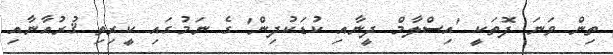
ތިން ވަނަ ފޮތަކީ 'އިސްލާމް ދީނާއި ކުޑަކުދިން' ގެ ނަމުގައި ކީރިތި ޤުރުއާނާއި